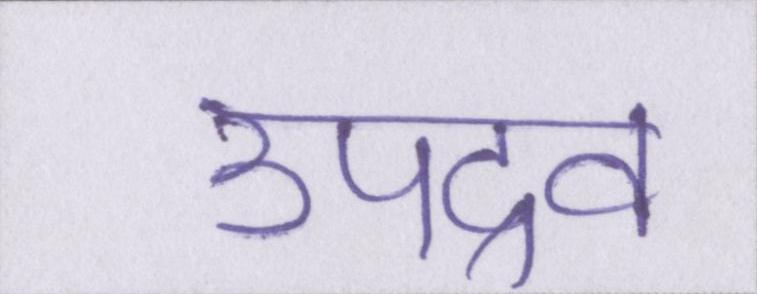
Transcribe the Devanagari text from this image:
उपद्रव